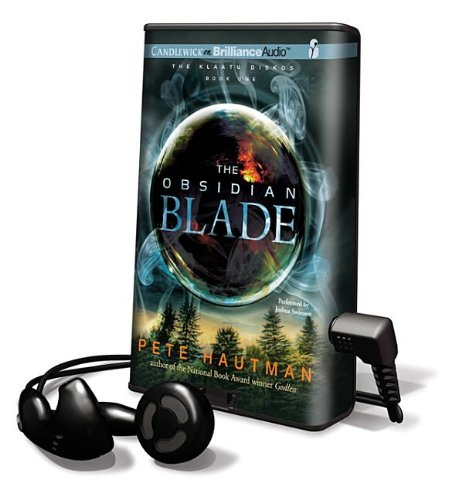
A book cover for The Obsidian Blade [With Earbuds] (Playaway Children); Pete Hautman; Teen & Young Adult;